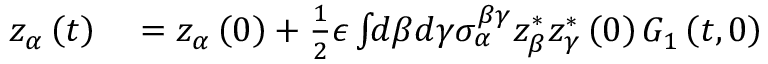
\begin{array} { r l } { z _ { \alpha } \left( t \right) } & { { } = z _ { \alpha } \left( 0 \right) + \frac { 1 } { 2 } \epsilon \int \! \! d \beta d \gamma \sigma _ { \alpha } ^ { \beta \gamma } z _ { \beta } ^ { * } z _ { \gamma } ^ { * } \left( 0 \right) G _ { 1 } \left( t , 0 \right) } \end{array}